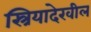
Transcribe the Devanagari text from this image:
स्त्रियादेखील